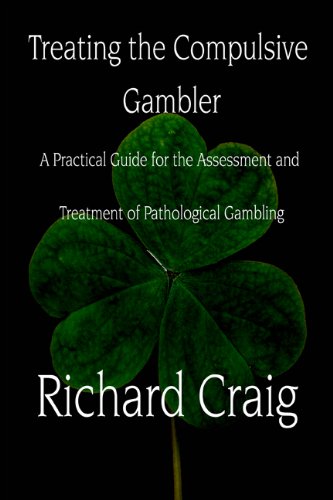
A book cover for Treating the Compulsive Gambler: A Practical Guide for the Assessment and Treatment of Pathological Gambling; Richard Craig; Health, Fitness & Dieting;